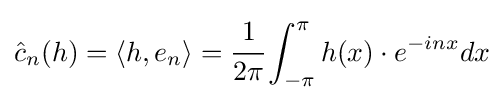
{\hat {c}}_{n}(h)=\langle h,e_{n}\rangle ={\cfrac {1}{2\pi }}\int _{-\pi }^{\pi }\displaystyle h(x)\cdot e^{-inx}dx